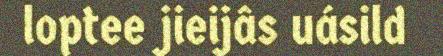
loptee jieijâs uásild